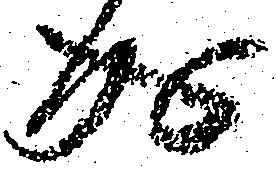
成